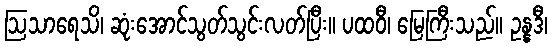
ဩသာရေသိ၊ ဆုံးအောင်သွတ်သွင်းလတ်ပြီး။ ပထဝီ၊ မြေကြီးသည်။ ဥန္နဒီ၊